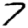
Digit: 7